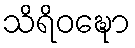
သိရိဝဍ္ဎော